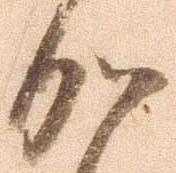
加